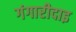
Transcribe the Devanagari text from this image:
गंगारीदाइ